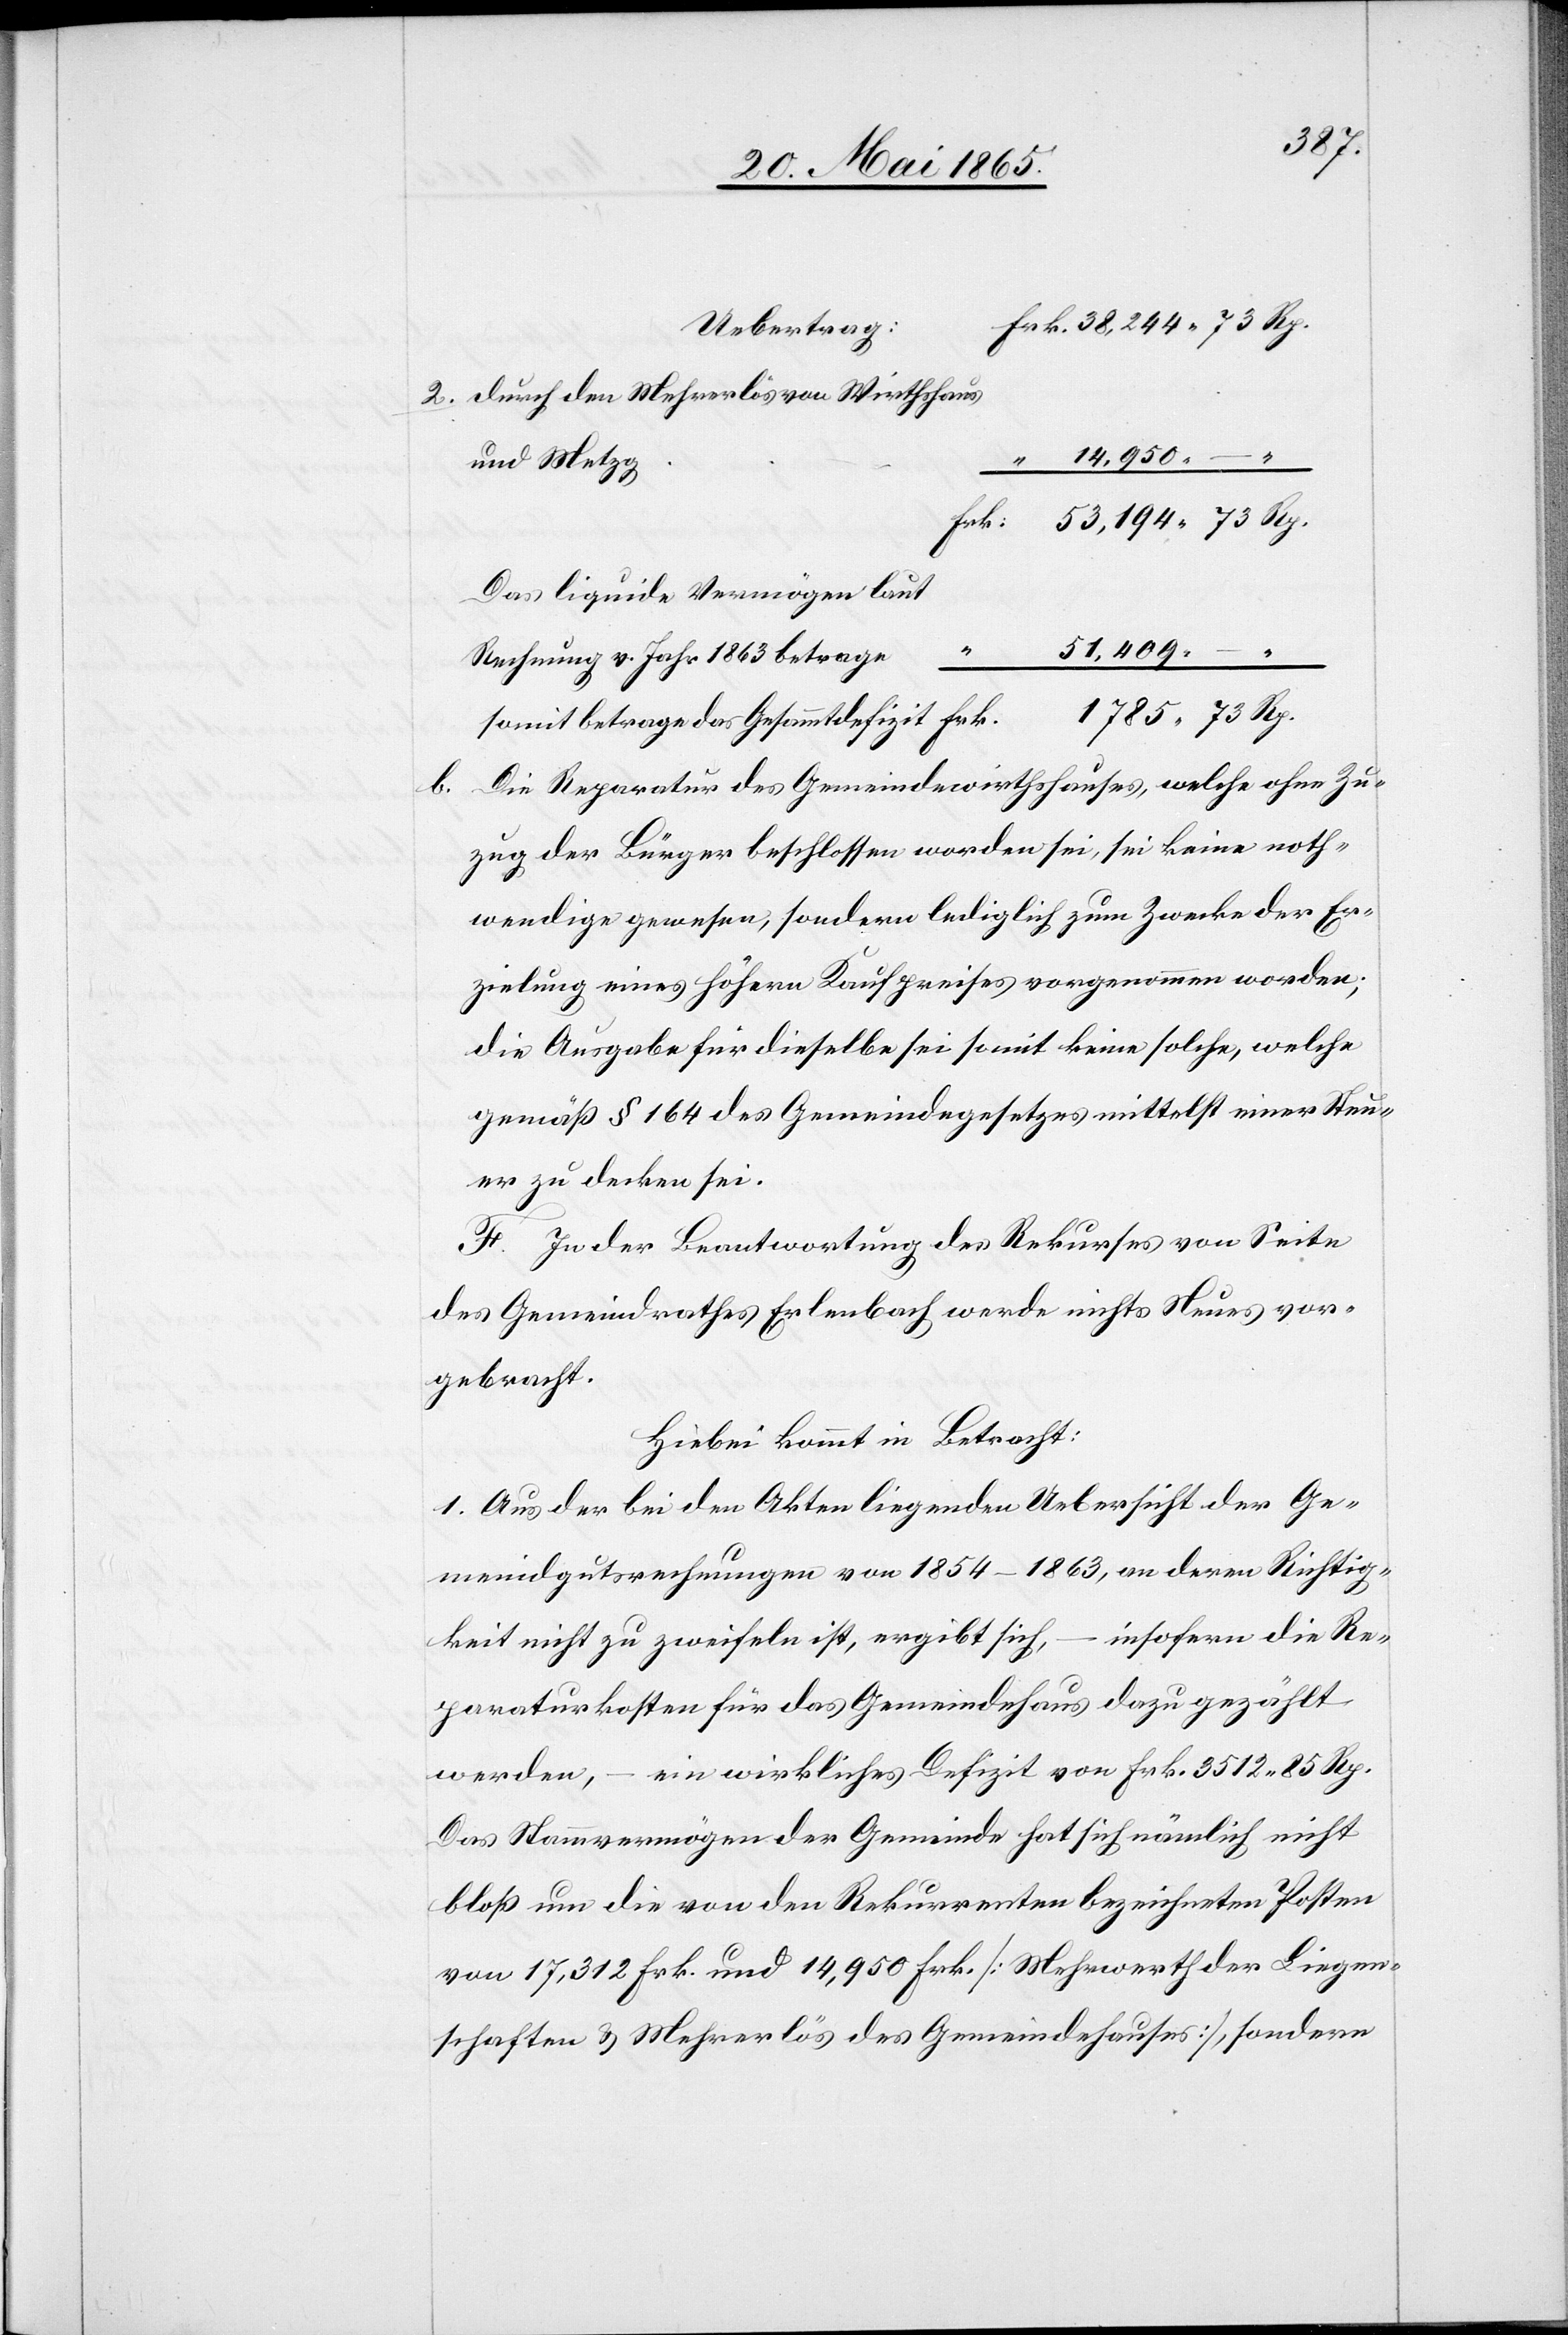
b.

Uebertrag:
Durch den Mehrerlös von Wirthshaus
14,950
–
und Metzg
Das liquide Vermögen laut
51,409
Rechnung v. Jahr 1863 betrage
Die Reparatur des Gemeindewirthshauses, welche ohne Zu¬
zug der Bürger beschlossen worden sei, sei keine noth¬
wendige gewesen, sondern lediglich zum Zwecke der Er¬
zielung eines höhern Kaufpreises vorgenommen worden;
Die Ausgabe für dieselbe sei somit keine solche, welche
gemäß § 164 des Gemeindegesetzes mittelst einer Steu¬
er zu decken sei.
F. In der Beantwortung des Rekurses von Seite
des Gemeindrathes Erlenbach werde nichts Neues vor¬
gebracht.
Hiebei kommt in Betracht:
1. Aus der bei den Akten liegenden Uebersicht der Ge¬
meindgutsrechnungen von 1854–1863, an deren Richtig¬
keit nicht zu zweifeln ist, ergibt sich, – insofern die Re¬
paraturkosten für das Gemeindehaus dazu gezählt
werden, – ein wirkliches Defizit von Frk. 3512 85 Rp.
Das Stammvermögen der Gemeinde hat sich nämlich nicht
bloß um die von den Rekurrenten bezeichneten Posten
von 17,312 Frk. und 14,950 Frk. [Mehrwerth der Liegen¬
schaften & Mehrerlös des Gemeindehauses], sondern